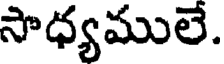
సాధ్యములే.